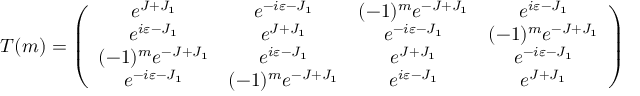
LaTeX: T ( m ) = \left( \begin{array} { c c c c } { { e ^ { J + J _ { 1 } } } } & { { e ^ { - i \varepsilon - J _ { 1 } } } } & { { ( - 1 ) ^ { m } e ^ { - J + J _ { 1 } } } } & { { e ^ { i \varepsilon - J _ { 1 } } } } \\ { { e ^ { i \varepsilon - J _ { 1 } } } } & { { e ^ { J + J _ { 1 } } } } & { { e ^ { - i \varepsilon - J _ { 1 } } } } & { { ( - 1 ) ^ { m } e ^ { - J + J _ { 1 } } } } \\ { { ( - 1 ) ^ { m } e ^ { - J + J _ { 1 } } } } & { { e ^ { i \varepsilon - J _ { 1 } } } } & { { e ^ { J + J _ { 1 } } } } & { { e ^ { - i \varepsilon - J _ { 1 } } } } \\ { { e ^ { - i \varepsilon - J _ { 1 } } } } & { { ( - 1 ) ^ { m } e ^ { - J + J _ { 1 } } } } & { { e ^ { i \varepsilon - J _ { 1 } } } } & { { e ^ { J + J _ { 1 } } } } \end{array} \right)